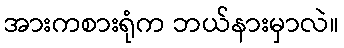
အားကစားရုံက ဘယ်နားမှာလဲ။